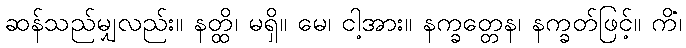
ဆန်သည်မျှလည်း။ နတ္ထိ၊ မရှိ။ မေ၊ ငါ့အား။ နက္ခတ္တေန၊ နက္ခတ်ဖြင့်။ ကိံ၊